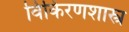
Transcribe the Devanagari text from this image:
विकिरणशास्त्र